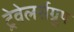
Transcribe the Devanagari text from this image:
ट्रेवेलर्सग्रुप